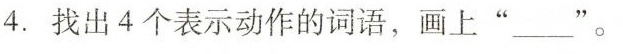
4.找出4个表示动作的词语，画上”——”。